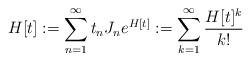
LaTeX: \begin{align*} H[t] := \sum_{n=1}^\infty t_n J_n e^{H[t]} := \sum_{k=1}^\infty \frac{H[t]^k}{k!} \end{align*}